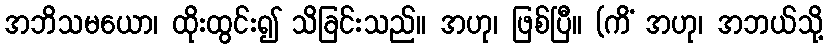
အဘိသမယော၊ ထိုးထွင်း၍ သိခြင်းသည်။ အဟု၊ ဖြစ်ပြီ။ (ကိံ အဟု၊ အဘယ်သို့